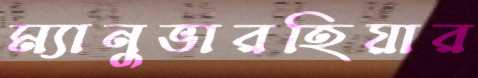
ম্যানুভারহিয়ার